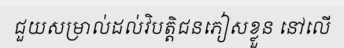
ជួយសម្រាល់ដល់វិបត្តិជនភៀសខ្លួន នៅលើ